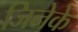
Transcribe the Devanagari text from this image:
जिनेके